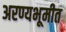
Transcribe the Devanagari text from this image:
अरण्यभूमीत